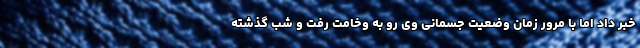
خبر داد اما با مرور زمان وضعیت جسمانی وی رو به وخامت رفت و شب گذشته